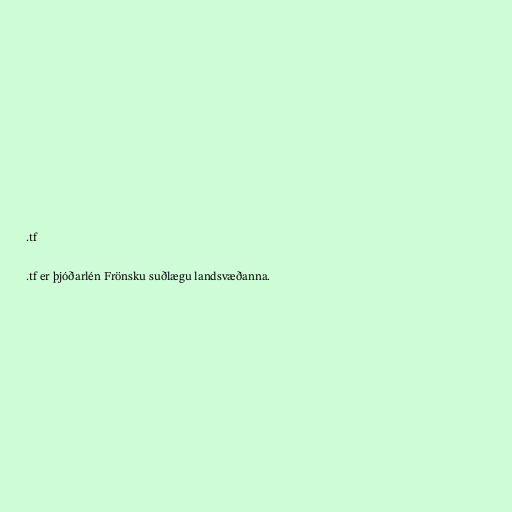
.tf

.tf er þjóðarlén Frönsku suðlægu landsvæðanna.